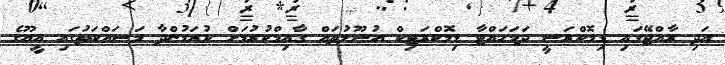
އަދި ރާއްޖޭގައި ޑިމޮކްރަސީ ދަމަހައްޓާ ޑިމޮކްރަޓިކް އުސޫލުތައް ގާއިމްކުރުމަށް ކުރަމުންދާ މަސައްކަތުގައި އީޔޫގެ